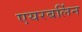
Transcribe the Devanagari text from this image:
एयरबर्लिन